Lunatic asylums Central Provinces reports 1895-1909 - 1895-1909
Year: 1895
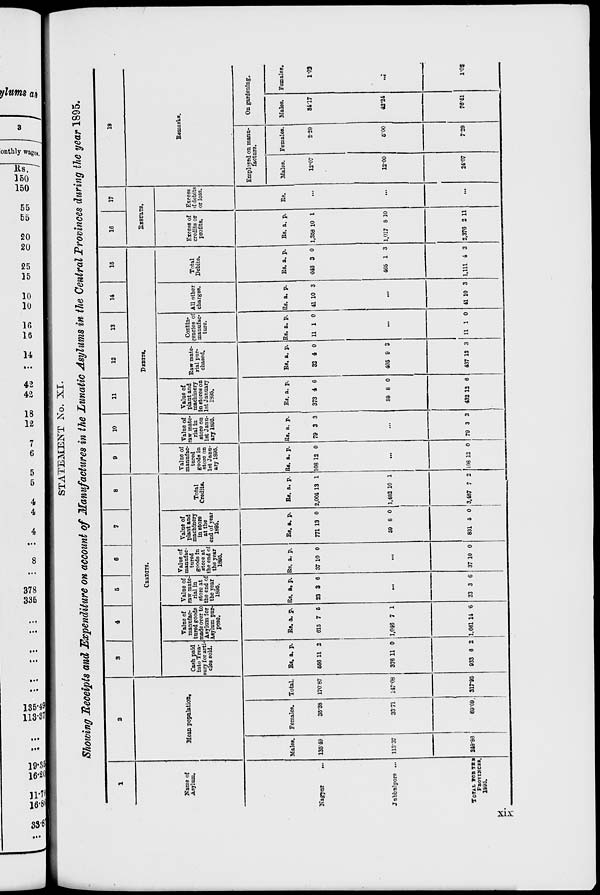
STATEMENT No. XI.
Showing Receipts and Expenditure on account of Manufactures in the Lunatic Asylums in the Central Provinces during the year 1895.
1
Name of
Asylum.
Nagpur
...
Jubbulpore ...
TOTAL FOR THE
PROVINCES.
1895.
2
Mean population.
Males.
135.49
113.37
248.86
Females.
35.38
33.71
69.09
Total.
170.87
147.08
317.95
3
4
5
6
7
8
CREDITS.
Cash paid
into Trea-
sury for arti-
cles sold.
Rs.
556
376
933
a.
11
11
6
p.
2
0
2
Value of
manufac-
tured goods
made over to
Asylum for
Asylum pur-
pose.
Rs.
615
1,046
1,661
a.
7
7
14
p.
5
1
6
Value of
raw mate-
rial in
store at
the end of
the year
1895.
Rs.
23
a.
3
p.
6
...
23 3 6
Value of
manufac-
tured
goods in
store at
the end of
the year
1895.
Rs.
37
a.
10
p.
0
...
37 10 0
Value of
plant and
machinery
in store
at the
end of year
1895.
Rs.
771
59
831
a.
13
8
5
p.
0
0
0
Total
Credits.
Rs.
2,004
1,482
3,487
a.
13
10
7
p.
1
1
2
9
10
11
12
13
14
15
DEBITS.
Value of
manufac-
tured
goods in
store on
1st Janu-
ary 1895.
Rs.
108
a.
12
p.
0
...
108 12 0
Value of
raw mate-
rial in
store on
1st Janu-
ary 1895.
Rs.
79
a.
3
p.
3
...
79 3 3
Value of
plant and
machinery
in stores on
1st January
1895.
Rs.
373
59
432
a.
4
8
12
p.
6
0
6
Raw mate-
rial pur-
chased.
Rs.
32
405
437
a.
4
9
13
p.
0
3
3
Contin-
gencies of
manufac-
ture.
Rs.
11
a.
1
p.
0
...
11 1 0
All other
charges.
Rs.
41
a.
10
p.
3
...
41 10 3
Total
Debits.
Rs.
646
465
1,111
a.
3
1
4
p.
0
3
3
16
17
RESULTS.
Excess of
credits or
profits.
Rs.
1,358
1,017
2,376
a.
10
8
2
p.
1
10
11
Excess
of debits
or loss.
Rs.
...
...
...
18
Remarks.
Employed on manu-
facture.
Males.
12.07
12.00
24.07
Females.
2.29
5.00
7.29
On gardening.
Males.
84.17
42.24
76.41
Females.
1.02
...
1.02
xix